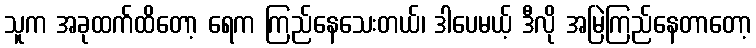
သူက အခုထက်ထိတော့ ရေက ကြည်နေသေးတယ်၊ ဒါပေမယ့် ဒီလို အမြဲကြည်နေတာတော့